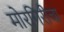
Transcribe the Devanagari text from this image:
मोरगिरीचा